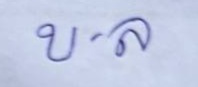
บ . ล